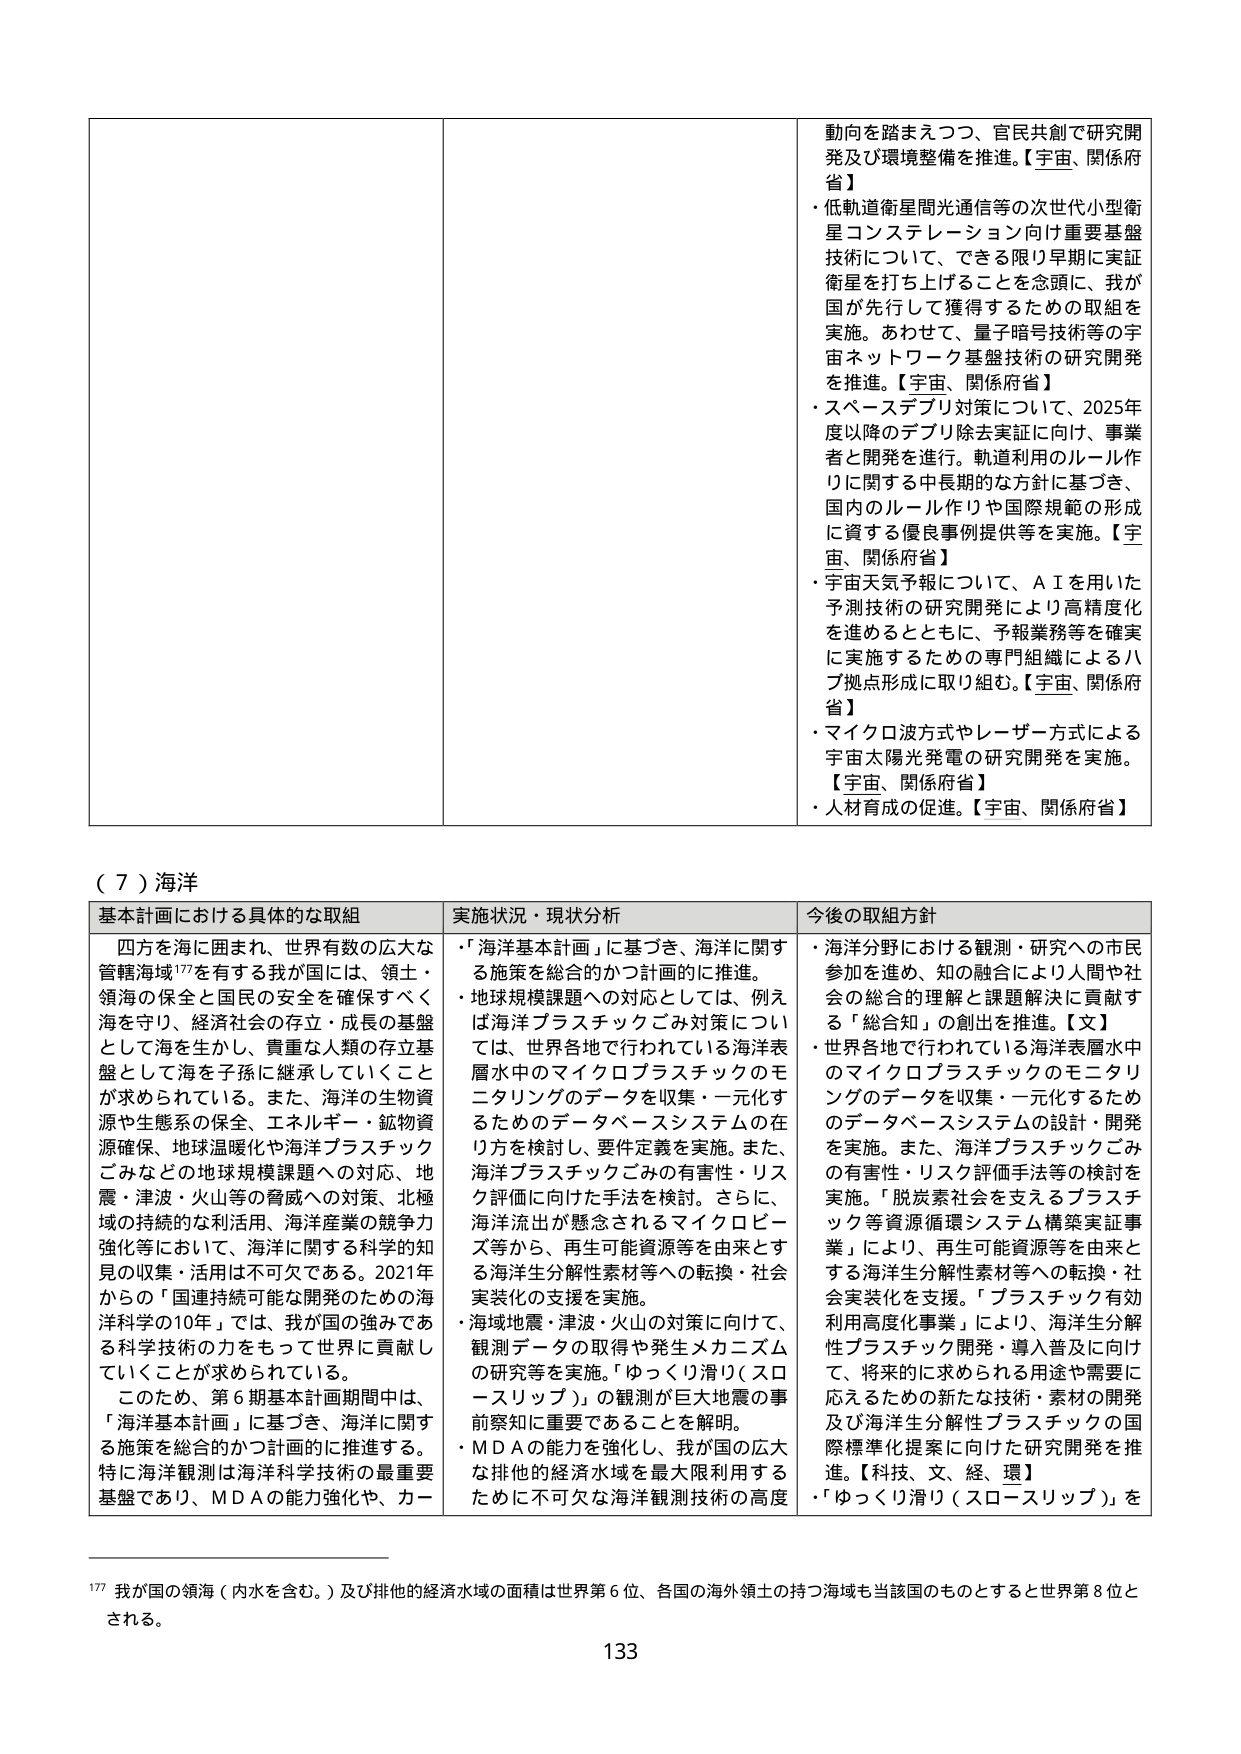
（７）海洋

基本計画における具体的な取組
四方を海に囲まれ、世界有数の広大な管轄海域¹⁷⁷を有する我が国には、領土・領海の保全と国民の安全を確保すべく海を守り、経済社会の存在・成長の基盤として海を生かし、貴重な人類の存立基盤として海を子孫に継承していくことが求められている。また、海洋の生物資源や生態系の保全、エネルギー・鉱物資源確保、地球温暖化や海洋プラスチックごみなどの地球規模課題への対応、地震・津波・火山等の脅威への対策、北極域の持続的な利活用、海洋産業の競争力強化等において、海洋に関する科学的知見の収集・活用は不可欠である。2021年からの「国連持続可能な開発のための海洋科学の10年」では、我が国の強みである科学技術の力をもって世界に貢献していくことが求められている。
このため、第６期基本計画期間中は、「海洋基本計画」に基づき、海洋に関する施策を総合的かつ計画的に推進する。特に海洋観測は海洋科学技術の最重要基盤であり、MDAの能力強化や、カー

実施状況・現状分析
・「海洋基本計画」に基づき、海洋に関する施策を総合的かつ計画的に推進。
・地球規模課題への対応としては、例えば海洋プラスチックごみ対策については、世界各地で行われている海洋表層水中のマイクロプラスチックのモニタリングのデータを収集・一元化するためのデータベースシステムの在り方を検討し、要件定義を実施。また、海洋プラスチックごみの有害性・リスク評価に向けた手法を検討。さらに、海洋流出が懸念されるマイクロビーズ等から、再生可能資源等を由来とする海洋生分解性素材等への転換・社会実装化の支援を実施。
・海域地震・津波・火山の対策に向けて、観測データの取得や発生メカニズムの研究等を実施。「ゆっくり滑り（スロースリップ）」の観測が巨大地震の事前察知に重要であることを解明。
・MDAの能力を強化し、我が国の広大な排他的経済水域を最大限利用するために不可欠な海洋観測技術の高度

今後の取組方針
・海洋分野における観測・研究への市民参加を進め、知の融合により人間や社会の総合的理解と課題解決に貢献する「総合知」の創出を推進。【文】
・世界各地で行われている海洋表層水中のマイクロプラスチックのモニタリングのデータを収集・一元化するためのデータベースシステムの設計・開発を実施。また、海洋プラスチックごみの有害性・リスク評価手法等の検討を実施。「脱炭素社会を支えるプラスチック等資源循環システム構築実証事業」により、再生可能資源等を由来とする海洋生分解性素材等への転換・社会実装化を支援。「プラスチック有効利用高度化事業」により、海洋生分解性プラスチック開発・導入普及に向けて、将来的に求められる用途や需要に応えるための新たな技術・素材の開発及び海洋生分解性プラスチックの国際標準化提案に向けた研究開発を推進。【科技、文、経、環】
・「ゆっくり滑り（スロースリップ）」を

¹⁷⁷ 我が国の領海（内水を含む。）及び排他的経済水域の面積は世界第６位、各国の海外領土の持つ海域も当該国のものとすると世界第８位とされる。

動向を踏まえつつ、官民共創で研究開発及び環境整備を推進。【宇宙、関係府省】
・低軌道衛星間光通信等の次世代小型衛星コンステレーション向け重要基盤技術について、できる限り早期に実証衛星を打ち上げることを念頭に、我が国が先行して獲得するための取組を実施。あわせて、量子暗号技術等の宇宙ネットワーク基盤技術の研究開発を推進。【宇宙、関係府省】
・スペースデブリ対策について、2025年度以降のデブリ除去実証に向け、事業者と開発を進行。軌道利用のルール作りに関する中長期的な方針に基づき、国内のルール作りや国際規範の形成に資する優良事例提供等を実施。【宇宙、関係府省】
・宇宙天気予報について、ＡＩを用いた予測技術の研究開発により高精度化を進めるとともに、予報業務等を確実に実施するための専門組織によるハブ拠点形成に取り組む。【宇宙、関係府省】
・マイクロ波方式やレーザー方式による宇宙太陽光発電の研究開発を実施。【宇宙、関係府省】
・人材育成の促進。【宇宙、関係府省】

133